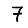
Digit: 7